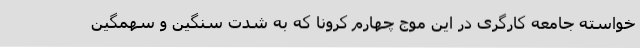
خواسته جامعه کارگری در این موج چهارم کرونا که به شدت سنگین و سهمگین